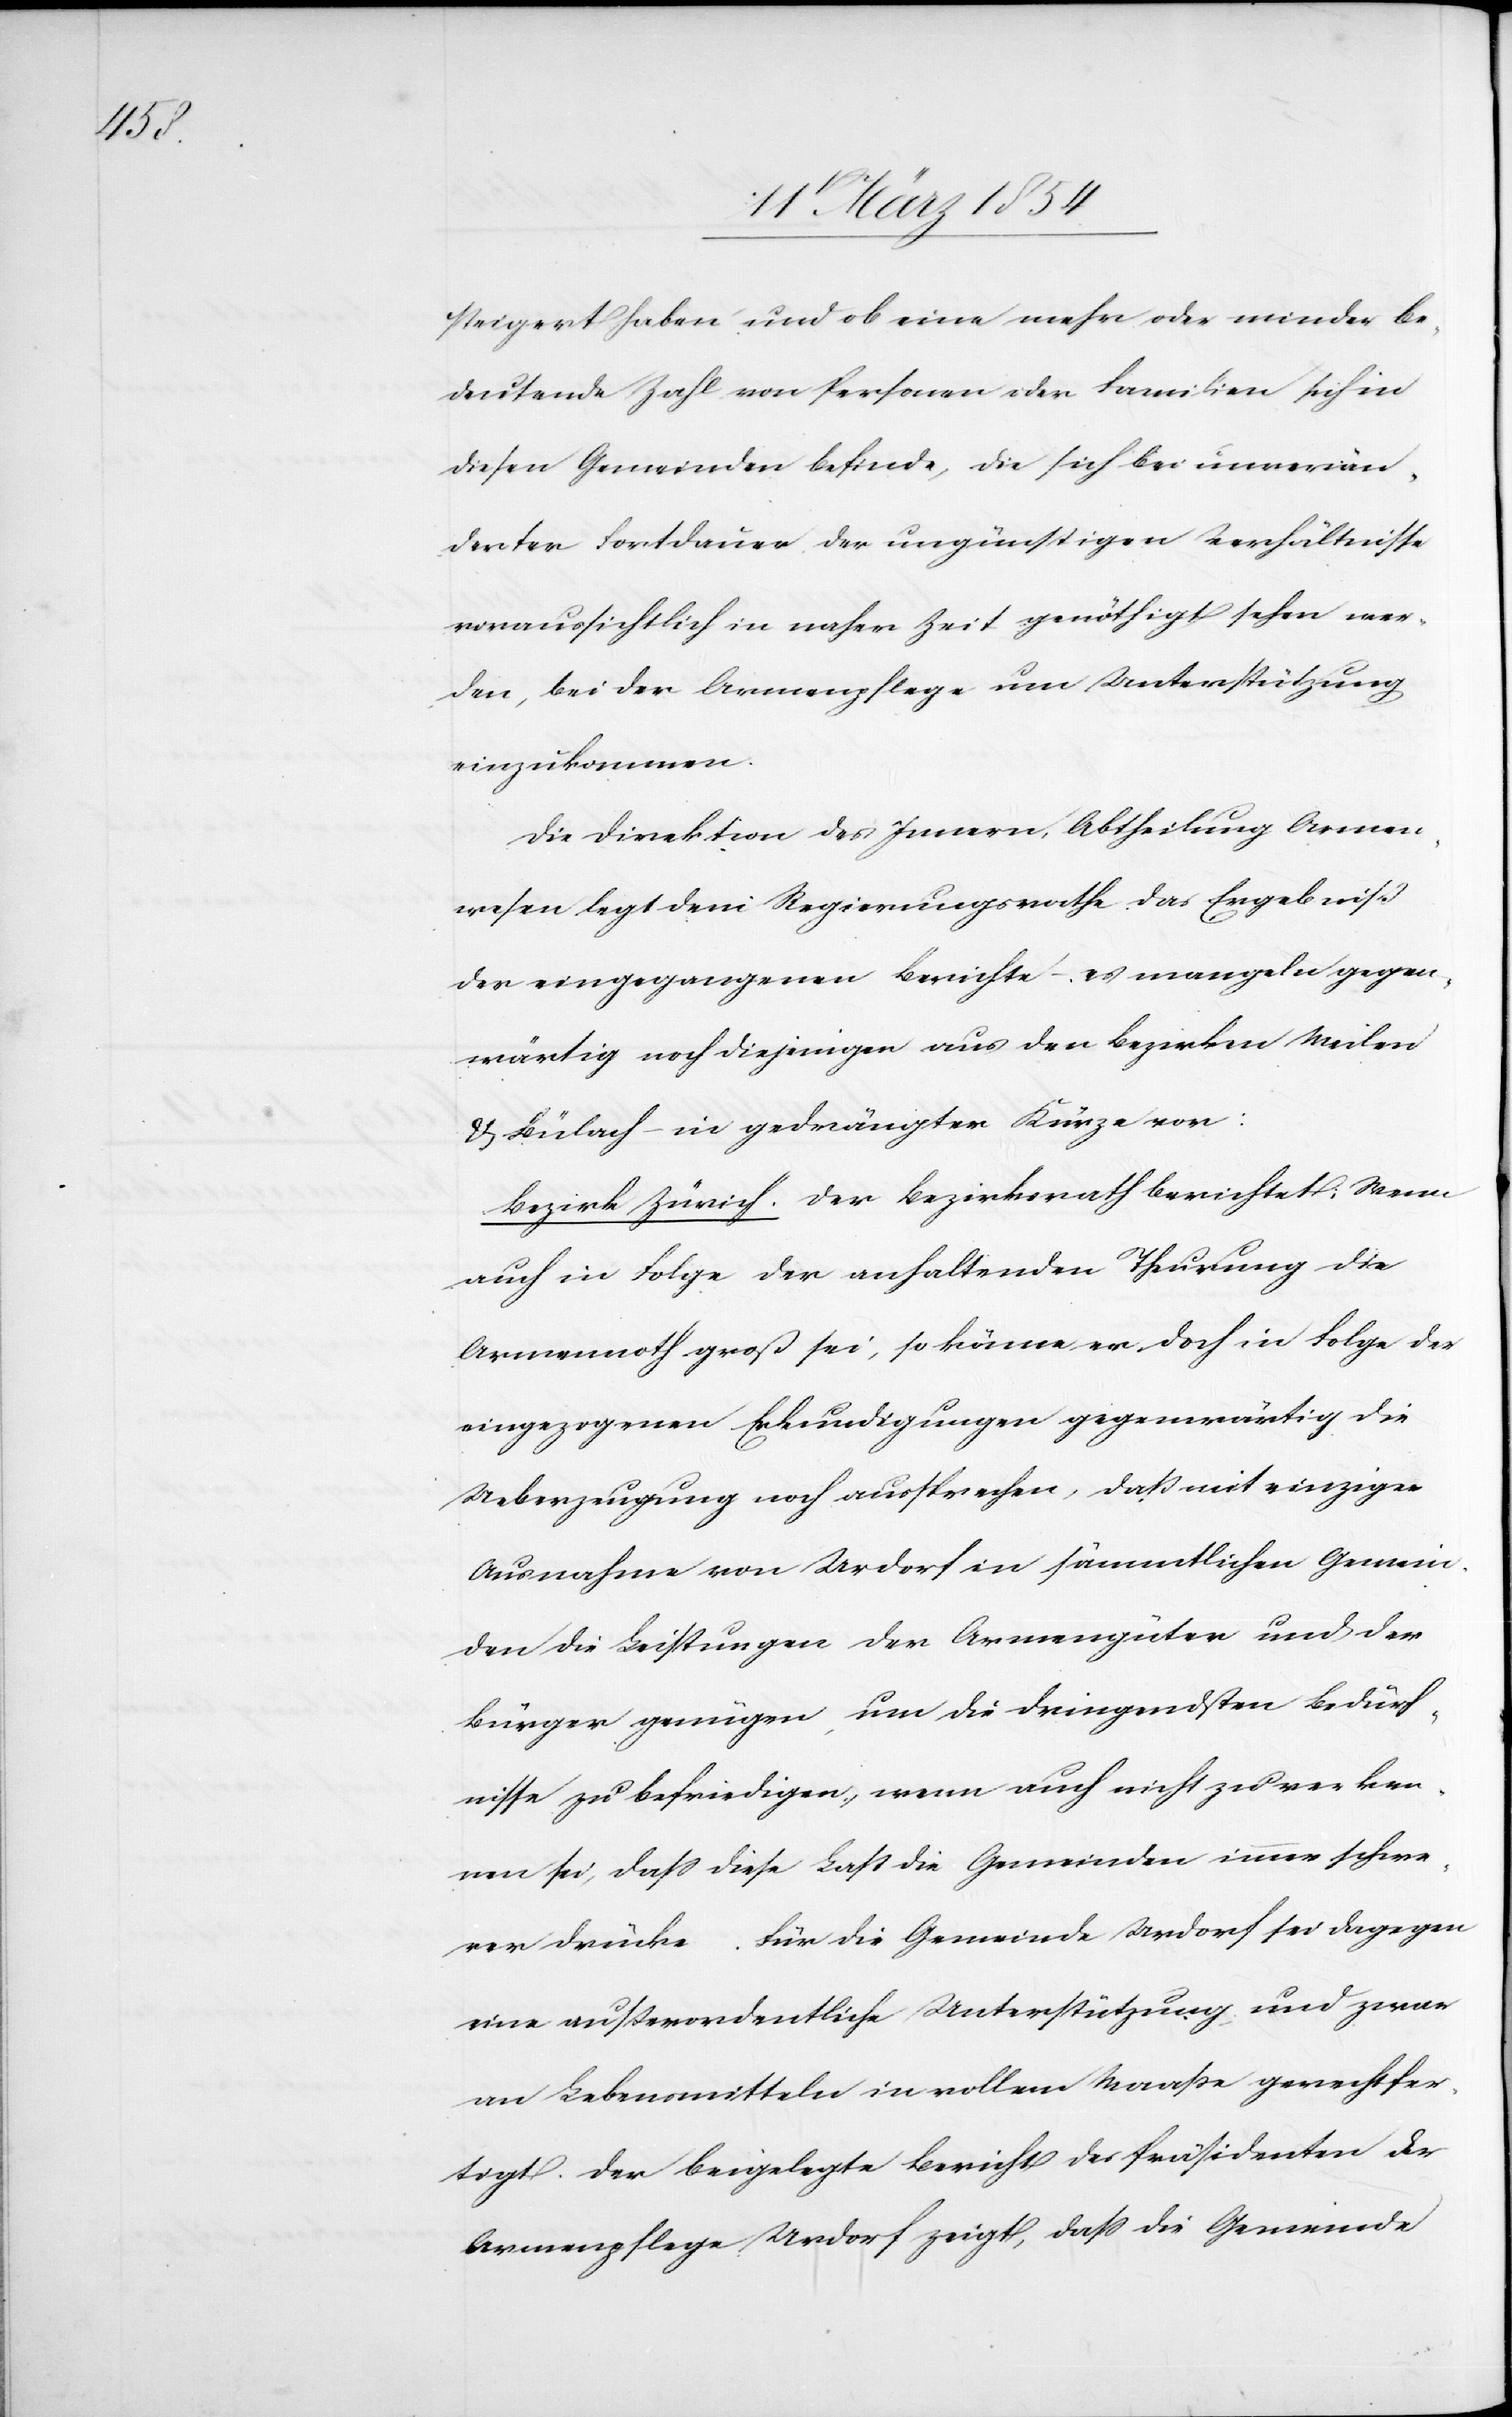
steigert haben und ob eine mehr oder minder be¬
deutende Zahl von Personen oder Familien sich in
diesen Gemeinden befinde, die sich bei unverän¬
derter Fortdauer der ungünstigen Verhältnisse
voraussichtlich in naher Zeit genöthigt sehen wer¬
den, bei der Armenpflege um Unterstützung
einzukommen.
Die Direktion des Innern, Abtheilung Armen¬
wesen legt dem Regierungsrathe das Ergebniß
der eingegangenen Berichte – es mangeln gegen¬
wärtig noch diejenigen aus den Bezirken Meilen
& Bülach – in gedrängter Kürze vor:
Bezirk Zürich. Der Bezirksrath berichtet: Wenn
auch in Folge der anhaltenden Theurung die
Armennoth groß sei, so könne er doch in Folge der
eingezogenen Erkundigungen gegenwärtig die
Ueberzeugung noch aussprechen, daß mit einziger
Ausnahme von Urdorf in sämmtlichen Gemein¬
den die Leistungen der Armengüter und der
Bürger genügen, um die dringendsten Bedürf¬
nisse zu befriedigen, wenn auch nicht zu verken¬
nen sei, daß diese Last die Gemeinden immer schwe¬
rer drücke. Für die Gemeinde Urdorf sei dagegen
eine außerordentliche Unterstützung und zwar
an Lebensmitteln in vollem Maaße gerechtfer¬
tigt. Der beigelegte Bericht des Präsidenten der
Armenpflege Urdorf zeigt, daß die Gemeinde